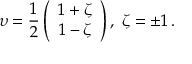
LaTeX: \upsilon = \frac { 1 } { 2 } \left( \begin{array} { c } { { 1 + \zeta } } \\ { { 1 - \zeta } } \end{array} \right) , \; \zeta = \pm 1 \, .